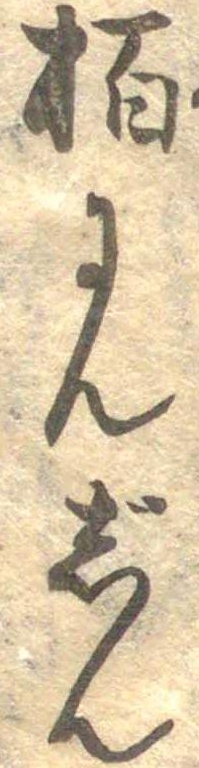
柏にんじん